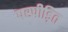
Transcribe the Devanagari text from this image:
परपीड़ित